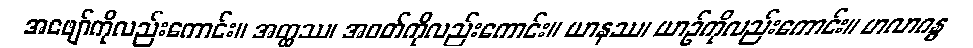
အဖျော်ကိုလည်းကောင်း။ အတ္ထဿ၊ အဝတ်ကိုလည်းကောင်း။ ယာနဿ၊ ယာဉ်ကိုလည်းကောင်း။ မာလာဂန္ဓ